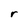
Character: r